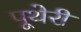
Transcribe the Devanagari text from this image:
पूथेरी